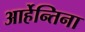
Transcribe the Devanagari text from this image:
आर्हेन्तिना